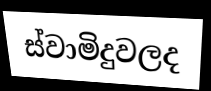
ස්වාමිදුවලද